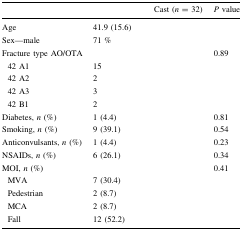
<table><thead><tr><td>[EMPTY_CELL]</td><td>[EMPTY_CELL]</td><td><b>Cast (<i>n</i> = 32)</b></td><td><b><i>P</i> value</b></td></tr></thead><tbody><tr><td>Age</td><td>41.9 (15.6)</td><td>[EMPTY_CELL]</td><td>[EMPTY_CELL]</td></tr><tr><td>Sex—male</td><td>71 %</td><td>[EMPTY_CELL]</td><td>[EMPTY_CELL]</td></tr><tr><td colspan="3">Fracture type AO/OTA</td><td>0.89</td></tr><tr><td> 42 A1</td><td>15</td><td>[EMPTY_CELL]</td><td>[EMPTY_CELL]</td></tr><tr><td> 42 A2</td><td>2</td><td>[EMPTY_CELL]</td><td>[EMPTY_CELL]</td></tr><tr><td> 42 A3</td><td>3</td><td>[EMPTY_CELL]</td><td>[EMPTY_CELL]</td></tr><tr><td> 42 B1</td><td>2</td><td>[EMPTY_CELL]</td><td>[EMPTY_CELL]</td></tr><tr><td>Diabetes, <i>n</i> (%)</td><td>1 (4.4)</td><td>[EMPTY_CELL]</td><td>0.81</td></tr><tr><td>Smoking, <i>n</i> (%)</td><td>9 (39.1)</td><td>[EMPTY_CELL]</td><td>0.54</td></tr><tr><td>Anticonvulsants,<i> n</i> (%)</td><td>1 (4.4)</td><td>[EMPTY_CELL]</td><td>0.23</td></tr><tr><td>NSAIDs,<i> n</i> (%)</td><td>6 (26.1)</td><td>[EMPTY_CELL]</td><td>0.34</td></tr><tr><td colspan="3">MOI, <i>n</i> (%)</td><td>0.41</td></tr><tr><td> MVA</td><td>7 (30.4)</td><td>[EMPTY_CELL]</td><td>[EMPTY_CELL]</td></tr><tr><td> Pedestrian</td><td>2 (8.7)</td><td>[EMPTY_CELL]</td><td>[EMPTY_CELL]</td></tr><tr><td> MCA</td><td>2 (8.7)</td><td>[EMPTY_CELL]</td><td>[EMPTY_CELL]</td></tr><tr><td> Fall</td><td>12 (52.2)</td><td>[EMPTY_CELL]</td><td>[EMPTY_CELL]</td></tr></tbody></table>